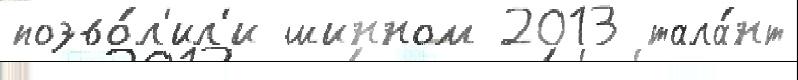
позво́л'ил'и шинном 2013 тала́нт